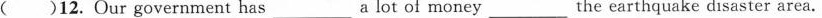
( )12. Our government has_a lot of money_the earthquake disaster area.